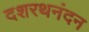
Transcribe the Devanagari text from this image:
दशरथनंदन